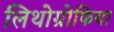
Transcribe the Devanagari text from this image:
लिथोग्रोफिया